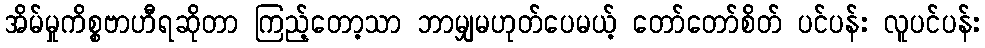
အိမ်မှုကိစ္စဗာဟီရဆိုတာ ကြည့်တော့သာ ဘာမျှမဟုတ်ပေမယ့် တော်တော်စိတ် ပင်ပန်း လူပင်ပန်း